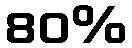
80%